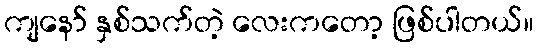
ကျနော် နှစ်သက်တဲ့ လေးကတော့ ဖြစ်ပါတယ်။